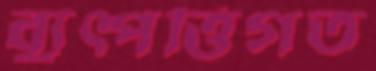
ব্যুত্পত্তিগত